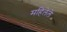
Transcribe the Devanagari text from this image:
महिलेले